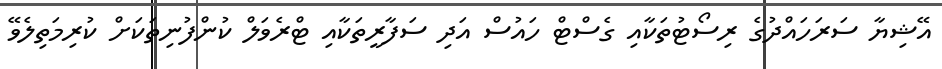
އޭޝިޔާ ސަރަހައްދުގެ ރިސޯޓުތަކާއި ގެސްޓް ހައުސް އަދި ސަފާރީތަކާއި ޓްރެވަލް ކުންފުނިތަކަށް ކުރިމަތިލެވޭ